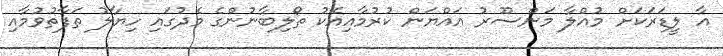
އާ ލީޑަރަކަށް މުއްލާ މަންސޫރު އައްޔަން ކުރުމާއިއެކު ތޯލިބާނުންގެ މެދުގައި ހިޔާލު ތަފާތުވުމާއި